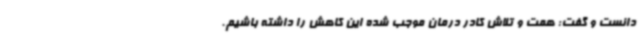
دانست و گفت: همت و تلاش کادر درمان موجب شده این کاهش را داشته باشیم.